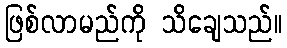
ဖြစ်လာမည်ကို သိချေသည်။